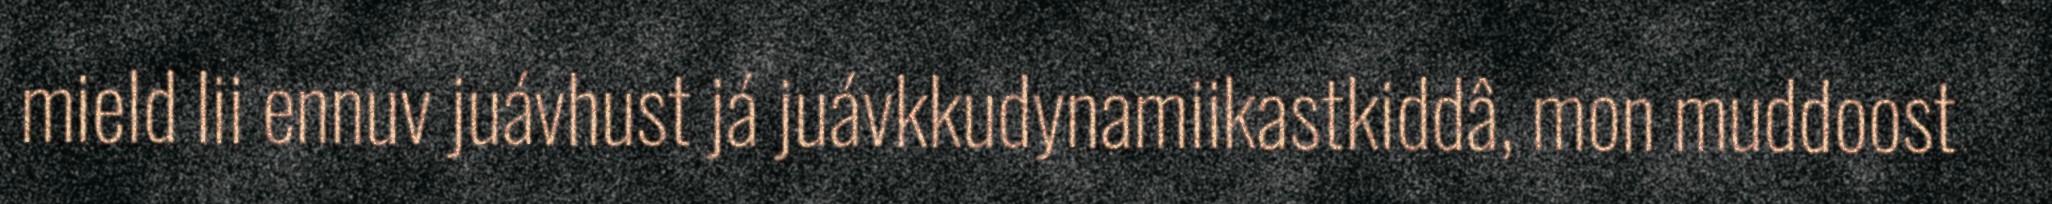
mield lii ennuv juávhust já juávkkudynamiikastkiddâ, mon muddoost